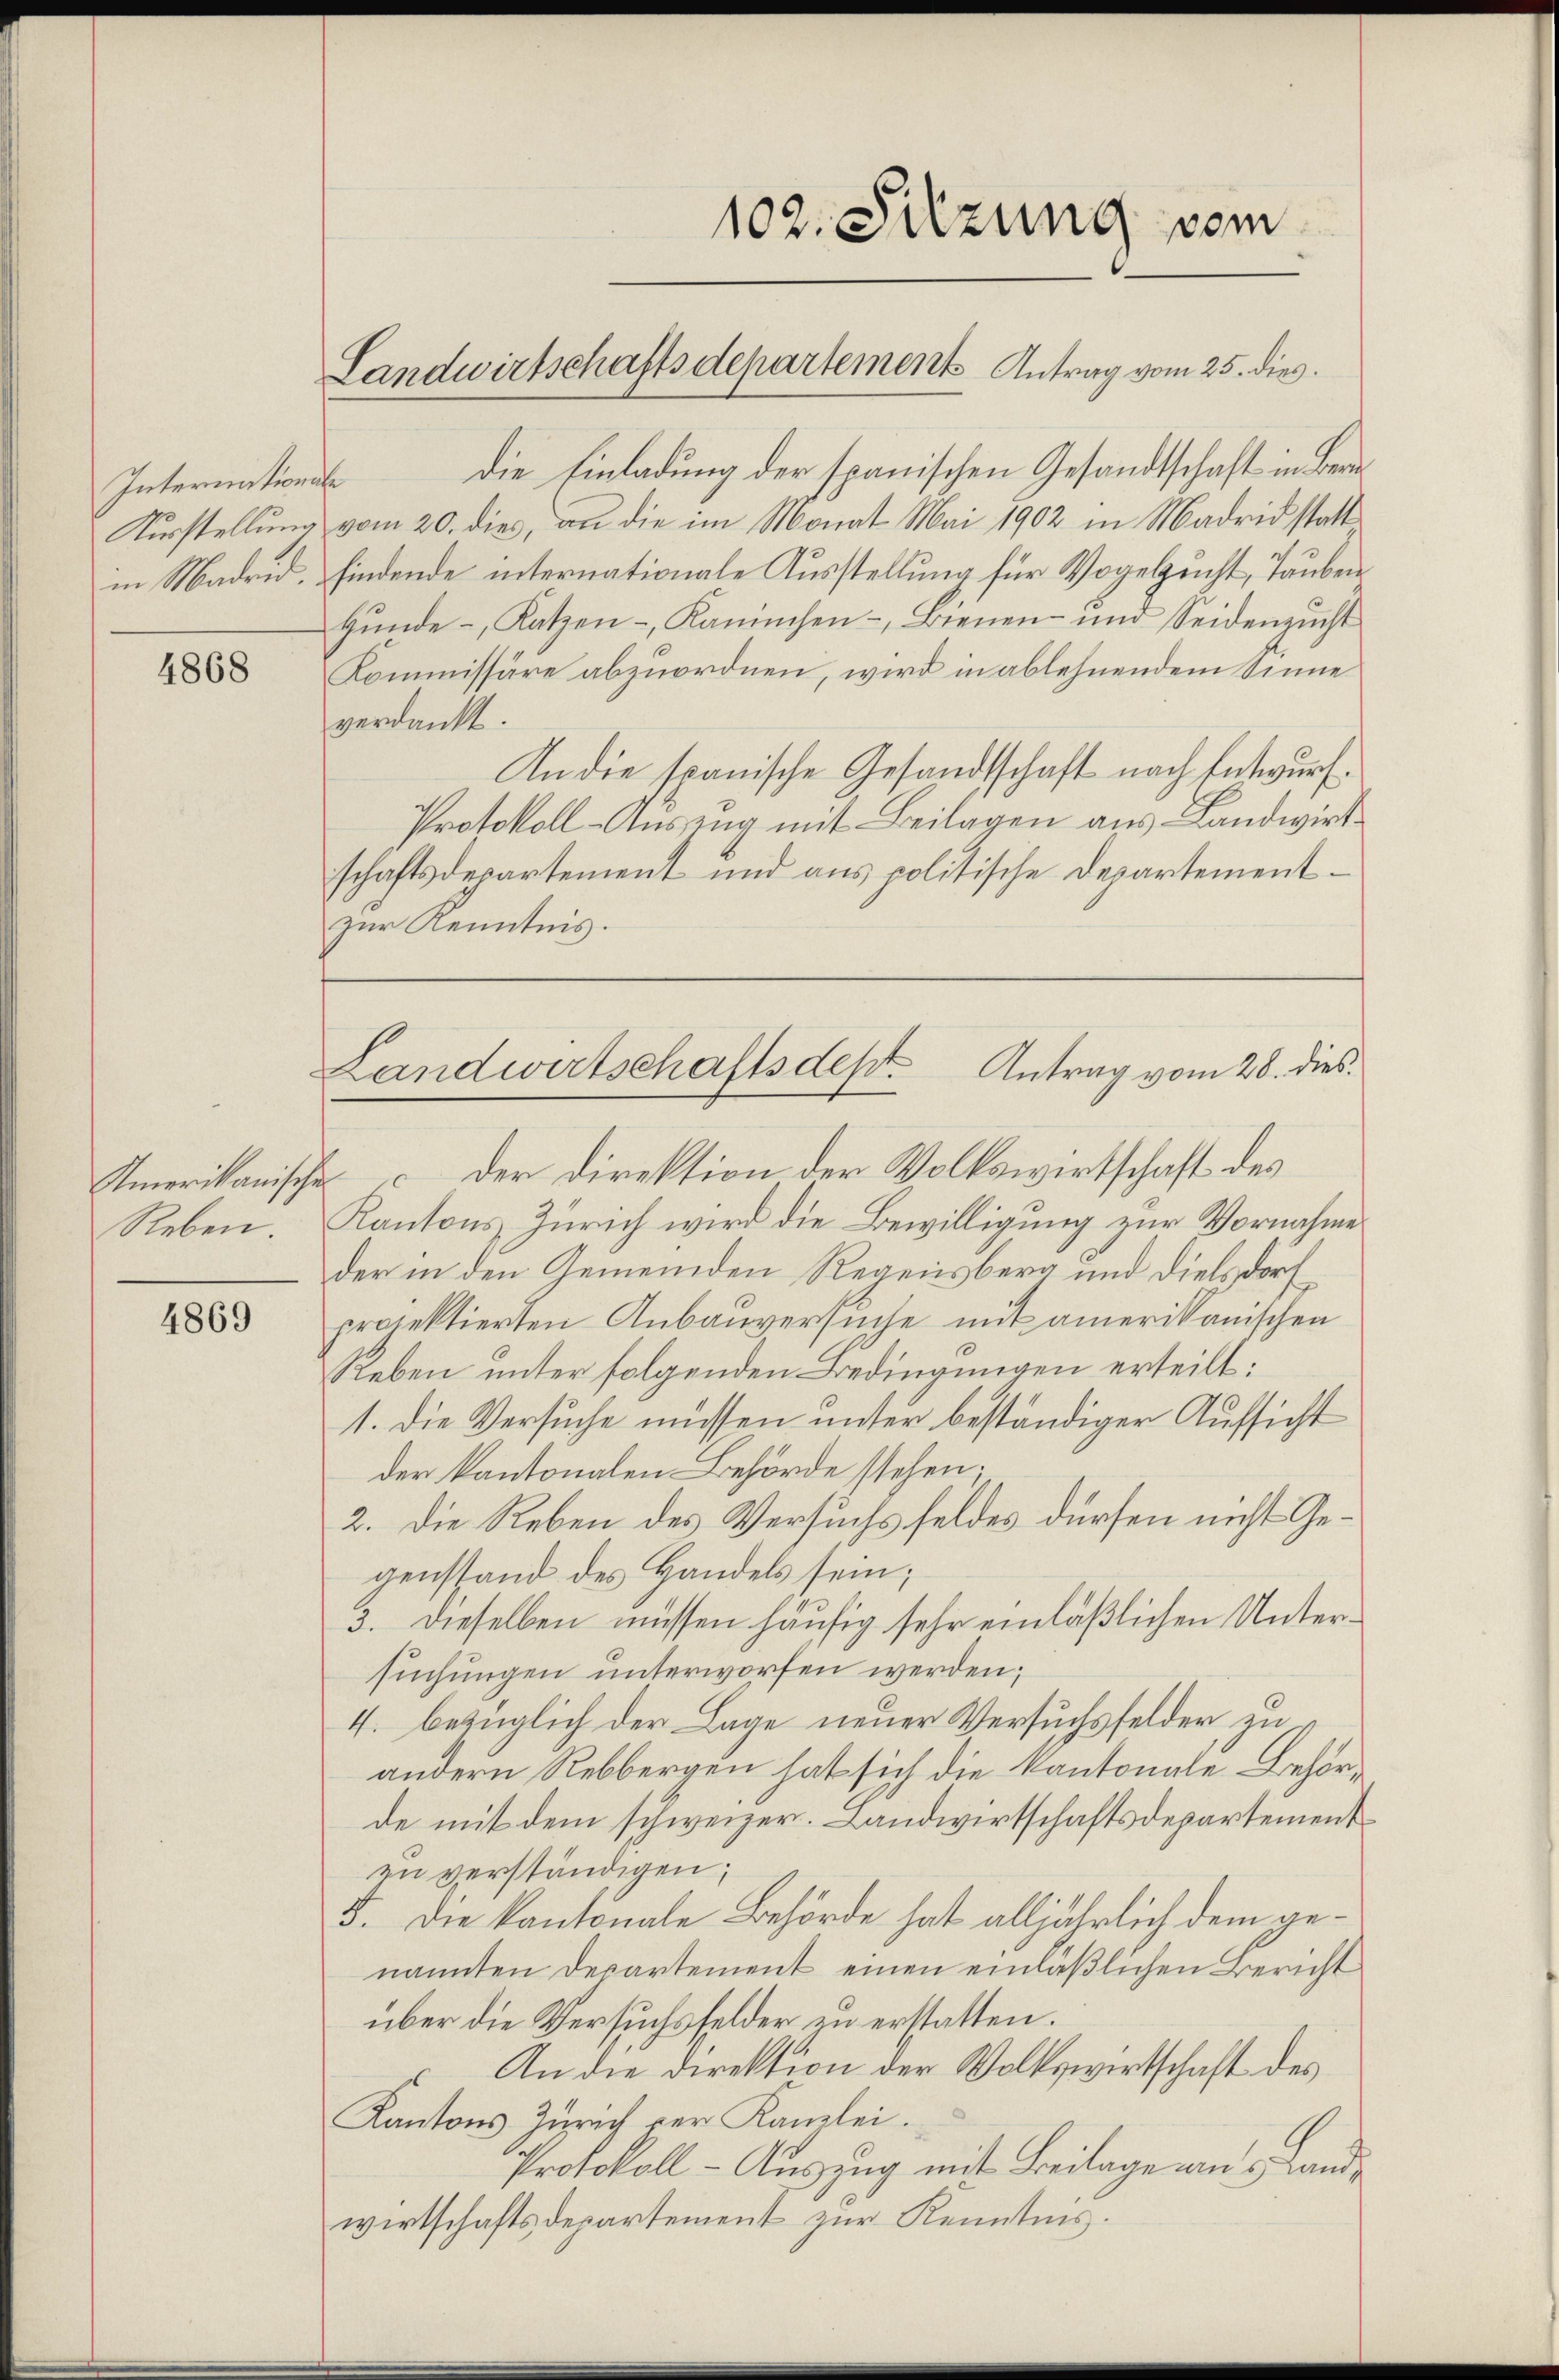
Internation
Ausstellung
in Madrid.

4868

Amerikanische
Reben

4869

die Einladung der spanischen Gesandtschaft in Be¬
2
vom 20. dies, an die im Monat Mai 1902 in Madrid statt
findende internationale Ausstellung für Vogelzucht, Tauben
Hunde Katzen -, Kaninchen -, Bienen- und Seidenzucht
Kommissäre abzuordnen, wird in ablehnendem Sinne
verdankt.
An die spanische Gesandtschaft nach Entwurf.
Protokoll-Auszug mit Beilagen aus- Landwirtschaftsdepartement und aus politische Departementzur Kenntnis.
der Direktion der Volkswirtschaft des
Kantons Zürich wird die Bewilligung zur Vornahme
der in den Gemeinden Regensberg und Dielsdorf
projektierten Anbauversuche mit amerikanischen
Reben unter folgenden Bedingungen erteilt:
1. Die Versuche müssen unter beständiger Aufsicht
der kantonalen Behörde stehen;
2. Die Reben des Versuchs feldes dürfen nicht Gegenstand des Handels sein;
3. Dieselben müssen häufig sehr einläßlichen Untersuchungen unterworfen werden;
4. bezüglich der Lage neuer Versuchsfelder zu
andern Rebbergen hat sich die Kantonale Behörde mit dem schweizer. Landwirtschaftsdepartement
zu verständigen;
5. Die Kantonale Behörde hat alljährlich dem genannten Departement einen einläßlichen Bericht
über die Versuchsfelder en erstatten.
An die Direktion der Volkswirtschaft des
Kantons Zürich der Kanzlei.
Protokoll - Auszug mit Beilage aus Landwirtschaftsdepartement zur Kenntnis.

Landwirtschaftsdepartements Antrag vom 25. dies

102. Sitzung vom

Landwirtschaftsdest. Antrag vom 28. dies